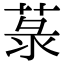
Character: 菉